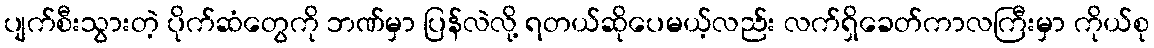
ပျက်စီးသွားတဲ့ ပိုက်ဆံတွေကို ဘဏ်မှာ ပြန်လဲလို့ ရတယ်ဆိုပေမယ့်လည်း လက်ရှိခေတ်ကာလကြီးမှာ ကိုယ်စု